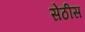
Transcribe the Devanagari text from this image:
सेठीस